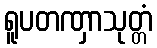
ရူပတဏှာသုတ္တံ